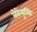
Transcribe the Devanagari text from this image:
लेवेन्युस्कि